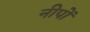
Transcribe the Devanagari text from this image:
नीपों